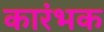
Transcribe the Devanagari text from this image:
कारंभक